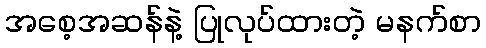
အစေ့အဆန်နဲ့ ပြုလုပ်ထားတဲ့ မနက်စာ